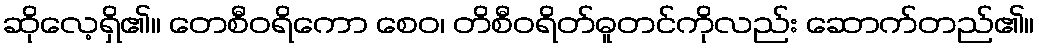
ဆိုလေ့ရှိ၏။ တေစီဝရိကော စေဝ၊ တိစီဝရိတ်ဓူတင်ကိုလည်း ဆောက်တည်၏။